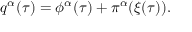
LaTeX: q ^ { \alpha } ( \tau ) = \phi ^ { \alpha } ( \tau ) + \pi ^ { \alpha } ( \xi ( \tau ) ) .